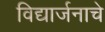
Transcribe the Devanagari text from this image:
विद्यार्जनाचे